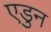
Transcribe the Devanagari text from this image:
एडुन